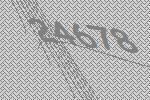
24678